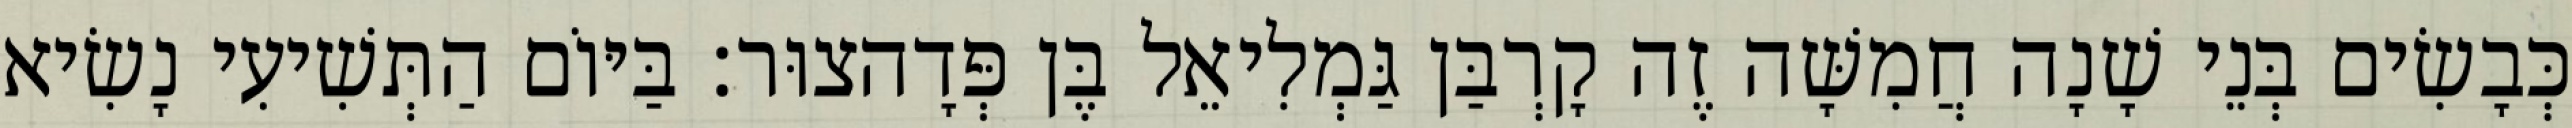
כְּבָשִׂים בְּנֵי שָׁנָה חֲמִשָּׁה זֶה קָרְבַּן גַּמְלִיאֵל בֶּן פְּדָהצוּר׃ בַּיּוֹם הַתְּשִׁיעִי נָשִׂיא